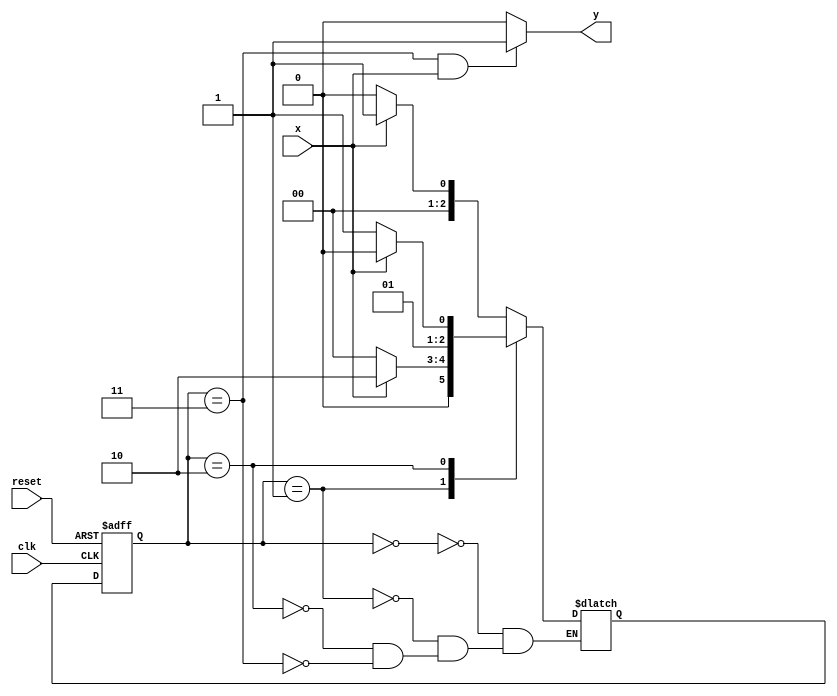
module mealy_detector (
    input clk,
    input reset,
    input x,
    output  y
);

parameter S0 = 2'b00;
parameter S1 = 2'b01;
parameter S2 = 2'b10;
parameter S3 = 2'b11;

reg [2:0] current_state, next_state;

/* Register Logic*/
always @(posedge clk or posedge reset) begin
    if (reset)
        current_state <= S0;
    else
        current_state <= next_state;
end

/* Next State Logic*/
always @(*) begin
    case(current_state)
    S0:
        if(x)
            next_state <= S1;
        else
            next_state <= S0;

    S1:
        if(x)
            next_state <= S2;
        else
            next_state <= S0;
            
    S2:
        if(x)
            next_state <= S2;
        else
            next_state <= S3;
            
    S3:
        if(x)
            next_state <= S1;
        else
            next_state <= S0;
            
    endcase
end

/* Output Logic*/
assign y = (current_state==S3 && x)? 1'b1 : 1'b0;
endmodule